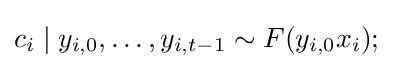
c_{i}\mid y_{i,0},\ldots ,y_{i,t-1}\sim F(y_{i,0}x_{i});